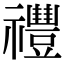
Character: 𥜨